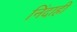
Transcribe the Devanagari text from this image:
निंदाही